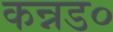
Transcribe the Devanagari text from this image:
कन्नड०